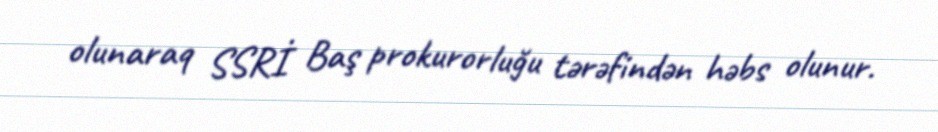
olunaraq SSRİ Baş prokurorluğu tərəfindən həbs olunur.